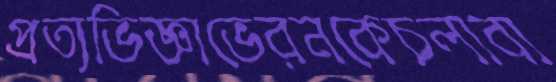
প্রত্যভিজ্ঞাভেরনকেচলাবা